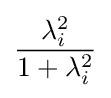
{\frac {\lambda _{i}^{2}}{1+\lambda _{i}^{2}}}